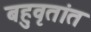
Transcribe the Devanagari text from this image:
बहुवृतांत